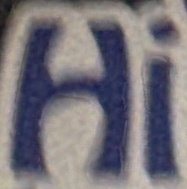
HI